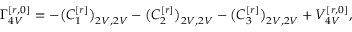
\Gamma _ { 4 V } ^ { [ r , 0 ] } = - \big ( C _ { 1 } ^ { [ r ] } \big ) _ { 2 V , 2 V } - \big ( C _ { 2 } ^ { [ r ] } \big ) _ { 2 V , 2 V } - \big ( C _ { 3 } ^ { [ r ] } \big ) _ { 2 V , 2 V } + V _ { 4 V } ^ { [ r , 0 ] } ,